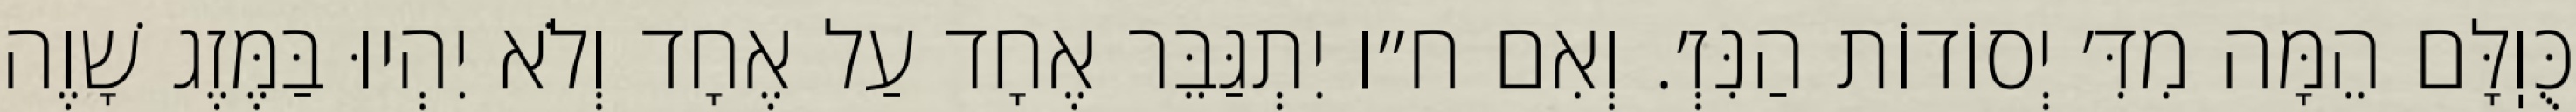
כֻּוֽלָּם הֵמָּה מִדִּ׳ יְסוֹדוֹת הַנִּזְ׳. וְאִם ח״ו יִתְגַּבֵּר אֶחָד עַל אֶחָד וְלֹא יִהְיוּ בַּמֶּזֶג שָׁוֶה